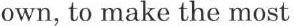
own, to make the most